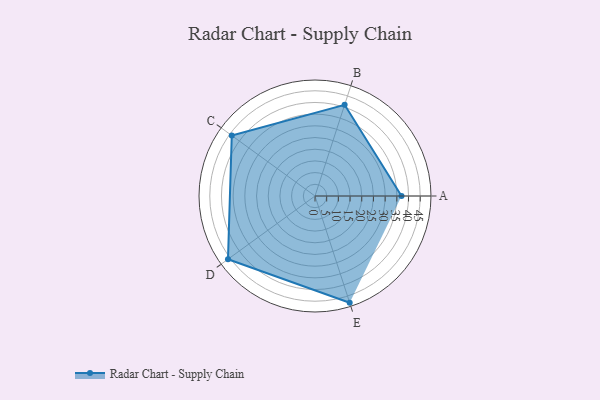
{"axis": {"x": "Skill", "y": "Score"}, "legend": ["Profile"], "data": [{"x": "A", "y": 37.0, "type": "Profile"}, {"x": "B", "y": 41.0, "type": "Profile"}, {"x": "C", "y": 44.0, "type": "Profile"}, {"x": "D", "y": 46.0, "type": "Profile"}, {"x": "E", "y": 48.0, "type": "Profile"}]}